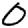
Digit: 0